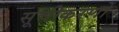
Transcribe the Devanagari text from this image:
सूचीकरणों